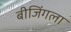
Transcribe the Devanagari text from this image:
बीजिंगला